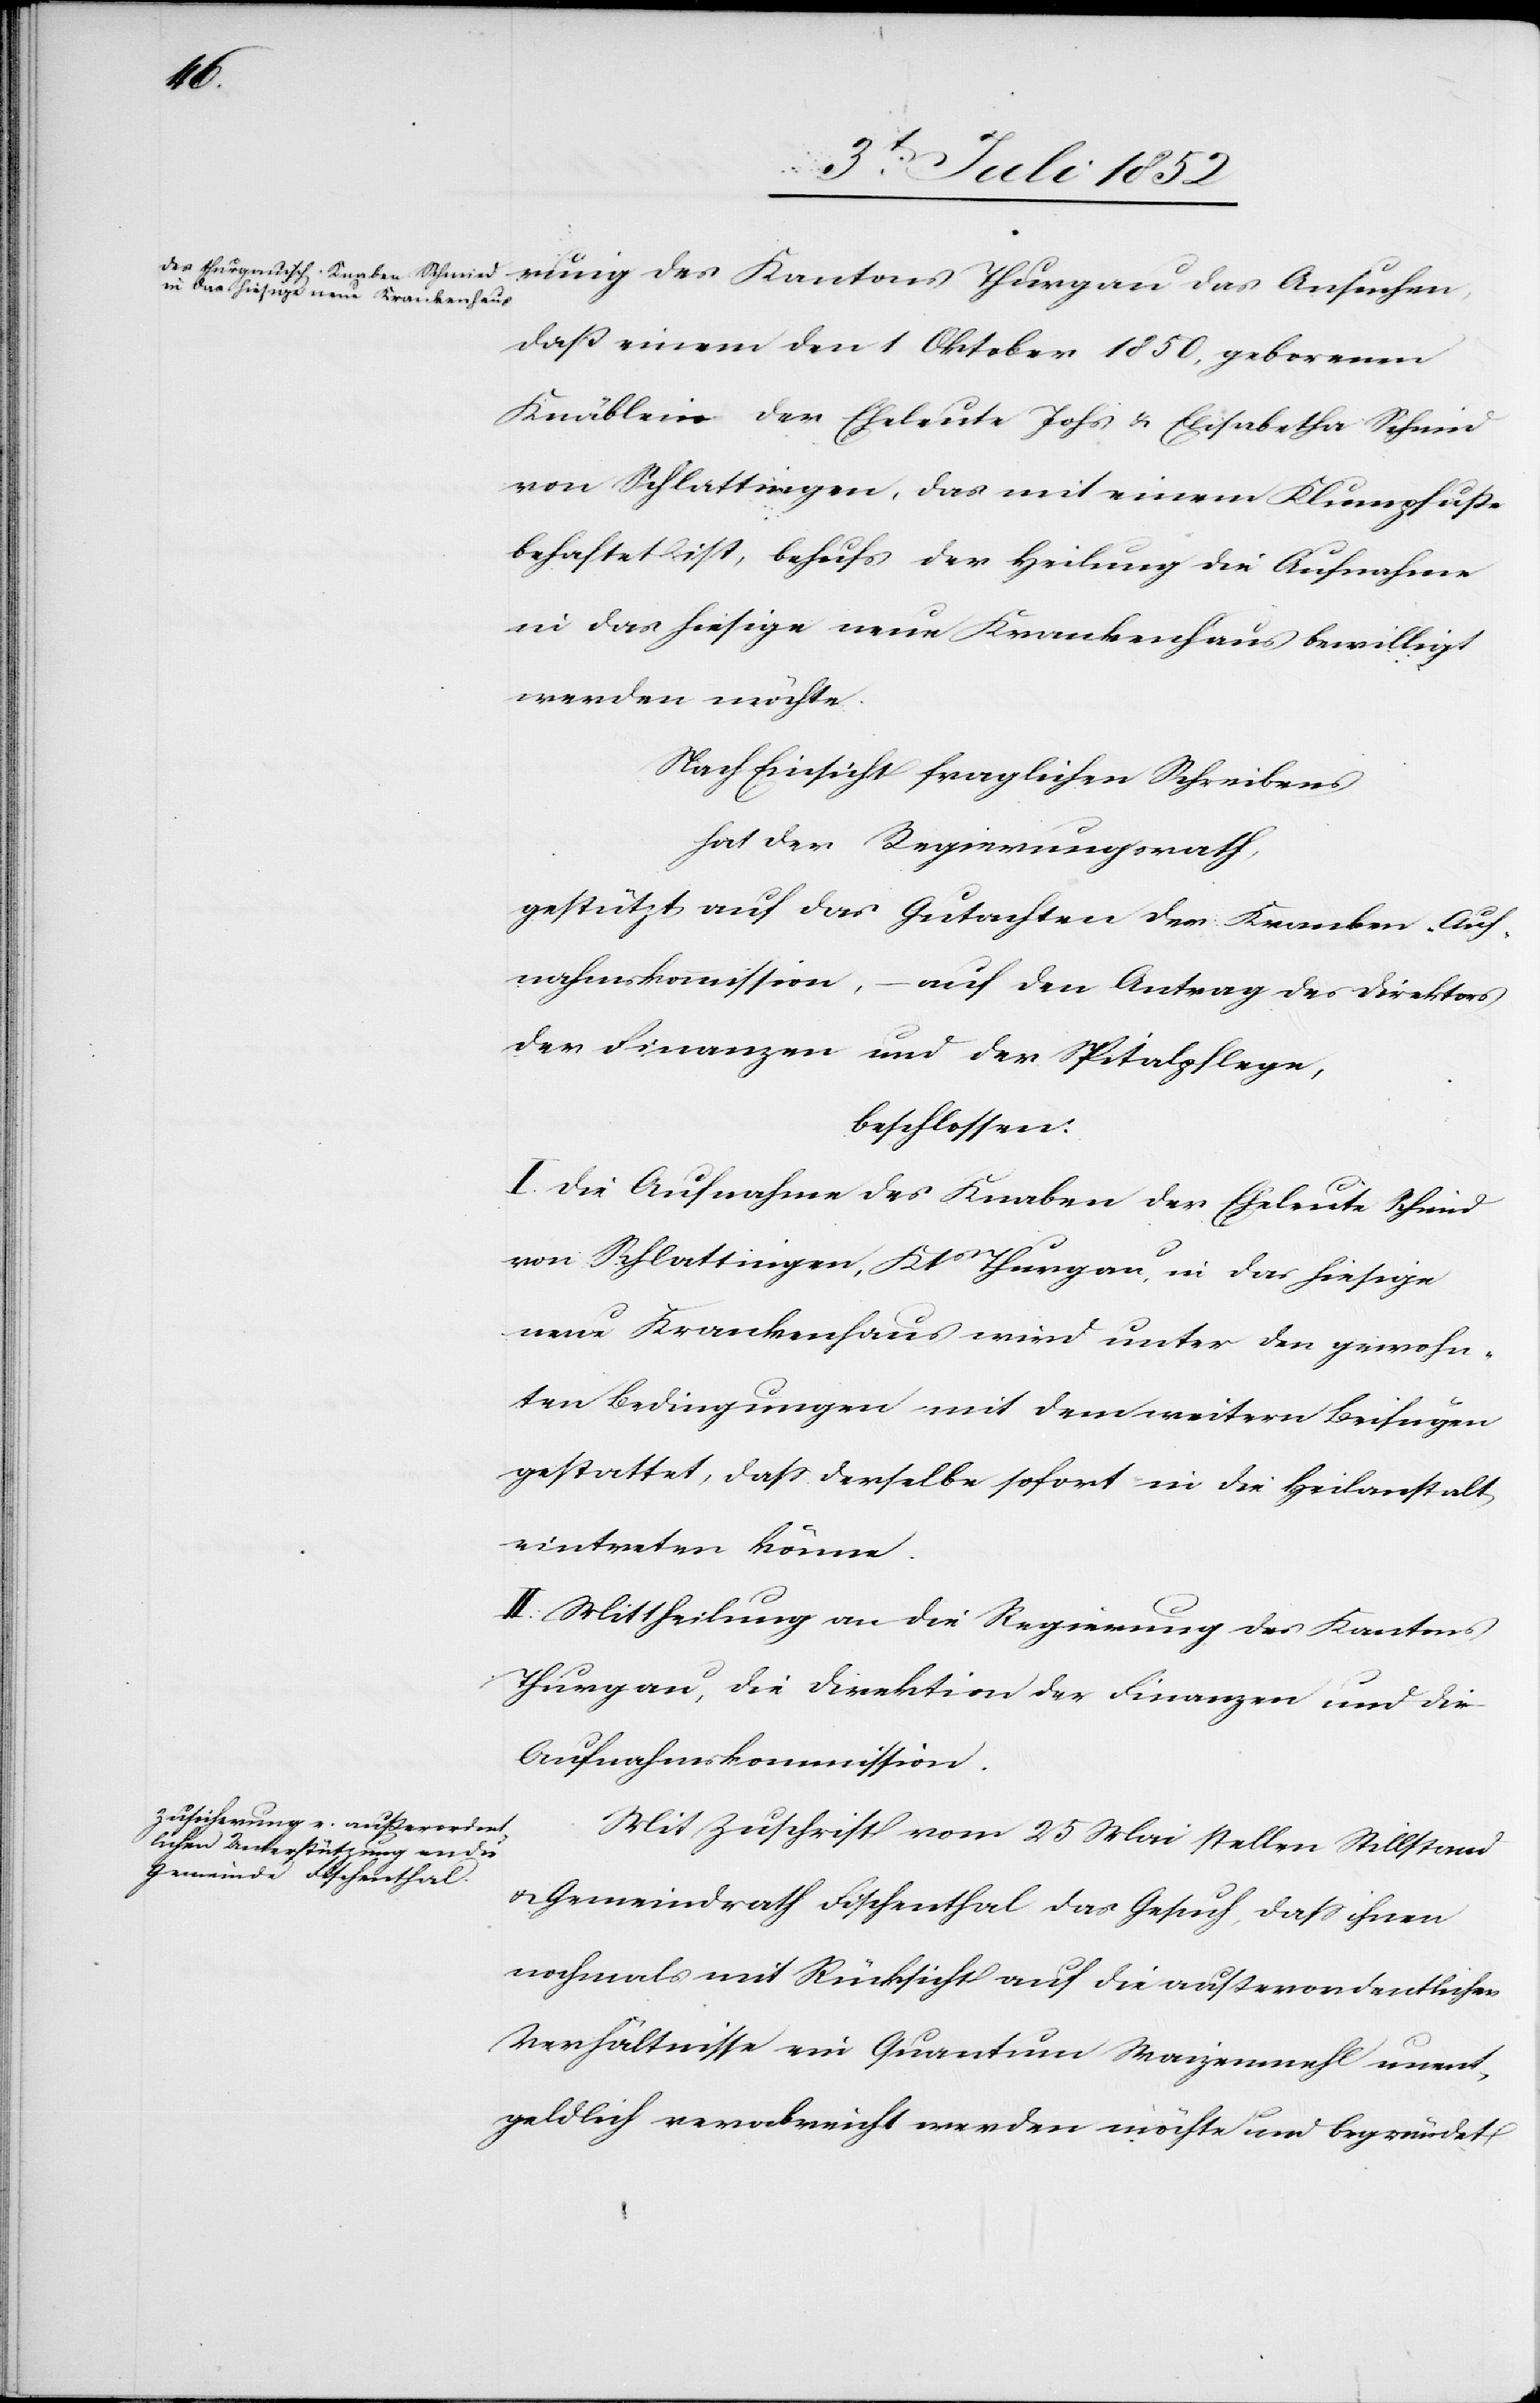
des
daß einem den 1 Oktober 1850, geborenen
Knäblein der Eheleute Johs. & Elisabetha Schmid
von Schlattingen, das mit einem Klumpfuße
behaftet ist, behufs der Heilung die Aufnahme
in das hiesige neue Krankenhaus bewilligt
werden möchte.
Nach Einsicht fraglichen Schreibens
hat der Regierungsrath,
gestützt auf das Gutachten der Kranken-Auf¬
nahmskommission, – auf den Antrag des Direktors
der Finanzen und der Spitalpflege,
beschlossen:
I. Die Aufnahme des Knaben der Eheleute Schmid
von Schlattingen, Kts Thurgau, in das hiesige
neue Krankenhaus wird unter den gewohn¬
ten Bedingungen mit dem weitern Beifügen
gestattet, dass derselbe sofort in die Heilanstalt
eintreten könne.
II. Mittheilung an die Regierung des Kantons
Thurgau, die Direktion der Finanzen und die
Aufnahmskommission.
Mit Zuschrift vom 25 Mai stellen Stillstand
& Gemeindrath Fischenthal das Gesuch, dass ihnen
nochmals mit Rücksicht auf die außerordentlichen
Verhältnisse ein Quantum Waizenmehl unent¬
geldlich verabreicht werden möchte und begründet